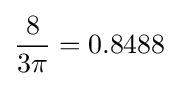
{8 \over 3\pi }=0.8488